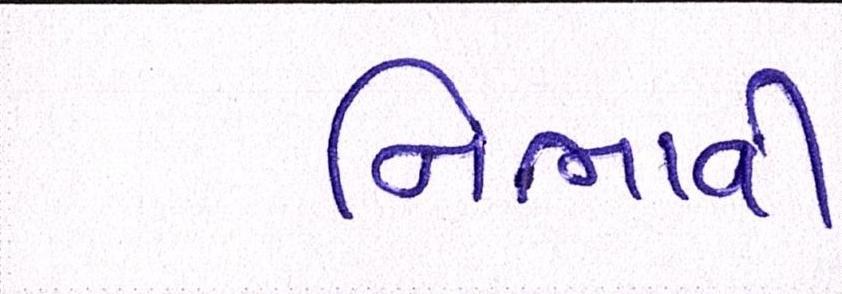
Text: નિભાવી